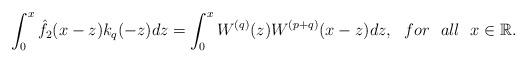
LaTeX: \begin{align*}\int_{0}^{x}\hat{f}_2(x-z)k_q(-z)dz=\int_{0}^{x}W^{(q)}(z)W^{(p+q)}(x-z)dz, \ \ for \ \ all\ \ x \in \mathbb R.\end{align*}